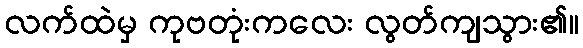
လက်ထဲမှ ကုဗတုံးကလေး လွတ်ကျသွား၏။